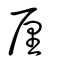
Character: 厘